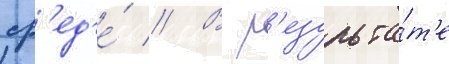
ср'ед'е́ // В р'езульта́т'е